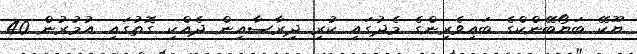
ޔޫކޭ ބަޔޯބޭންކްގެ ބައިވެރިންގެ މެދުގައި ކުރި ދިރާސާއިން ދެއްކި ގޮތުގައި އުމުރުން 40